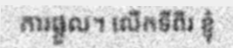
ការផ្តួល។ លើកទីពីរ ខ្ញុំ